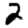
Digit: 2